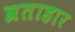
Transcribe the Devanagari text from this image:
व्रताहार